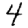
Digit: 4